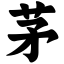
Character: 茅